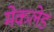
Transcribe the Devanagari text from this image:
मेकलेड